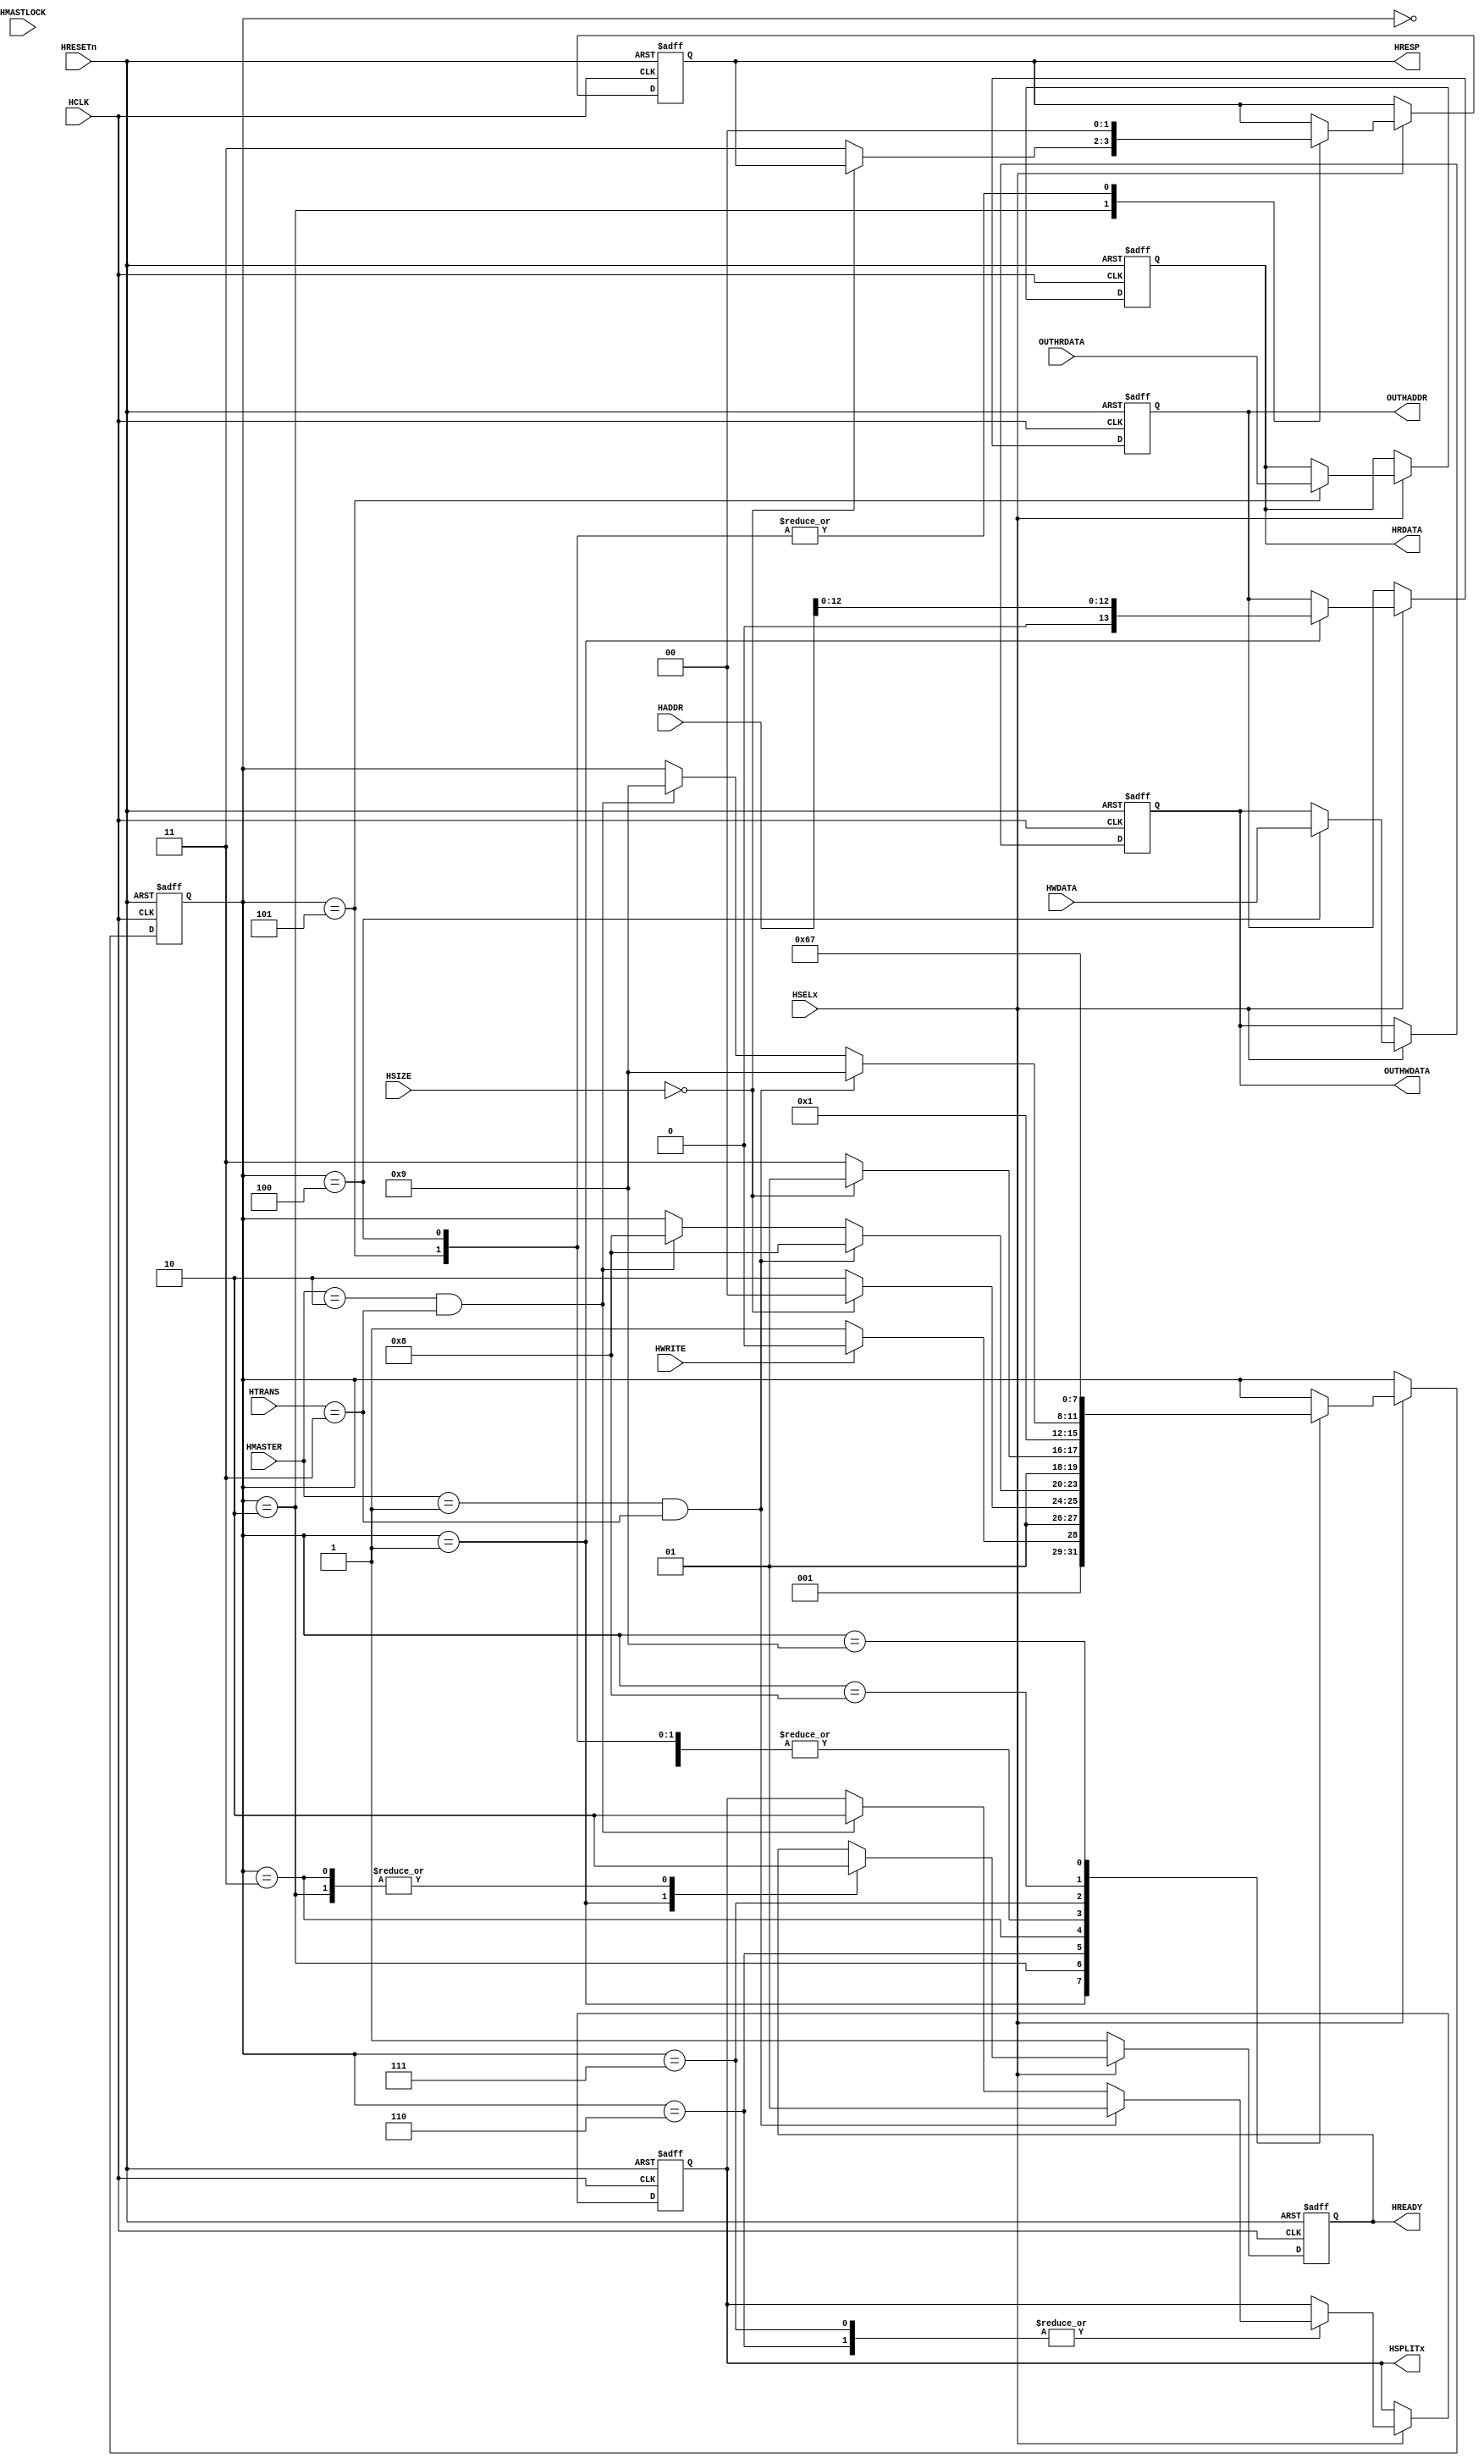
module SlaveA(
    input HSELx,
    input HWRITE,
    input [1:0] HTRANS,
    input [2:0] HSIZE,
    input HRESETn,
    input HCLK,
    input [1:0] HMASTER,
    input HMASTLOCK,
    output reg [1:0] HSPLITx,
    output reg HREADY,
    output reg [1:0] HRESP,
    // Data from inside ports
    output reg [31:0] HRDATA,
    input [13:0] HADDR,
    input [31:0] HWDATA,
    // Data from outside ports
    input [31:0] OUTHRDATA,
    output reg [13:0] OUTHADDR,
    output reg [31:0] OUTHWDATA
);
    parameter ADD_LENGTH = 12;
    reg [3:0] SLAVE_STATE;
    reg WRITE_COMPLETE;
    reg READ_COMPLETE;
    
    localparam  OKAY    = 2'b00,
                ERROR   = 2'b01,
                RETRY   = 2'b10,
                SPLIT   = 2'b11; // Response
                
    localparam  IDLE    = 2'b00,
                BUSY    = 2'b01,
                NONSEQ  = 2'b10,
                SEQ     = 2'b11; // Transfer
                
    localparam [3:0] LEAVE_ONE_CLOCK        = 0;
    localparam [3:0] INITIATE_SLAVE         = 1;
    localparam [3:0] INITIATE_WRITE_SLAVE   = 2;
    localparam [3:0] INITIATE_READ_SLAVE    = 3;
    localparam [3:0] WRITE_SLAVE            = 4;
    localparam [3:0] READ_SLAVE             = 5;
    localparam [3:0] SPLIT_WRITE_SLAVE      = 6;
    localparam [3:0] SPLIT_READ_SLAVE       = 7;
    localparam [3:0] WAIT_ANOTHER_WCLOCK    = 8;
    localparam [3:0] WAIT_ANOTHER_RCLOCK    = 9;
    
    always @ (posedge HCLK or negedge HRESETn) begin
        if (!HRESETn) begin
            // Reset all the pins
            SLAVE_STATE <= LEAVE_ONE_CLOCK;
            WRITE_COMPLETE <= 0;
            READ_COMPLETE <= 0;
            HSPLITx <= 2'b00;
            HREADY = 1;
            HRESP = OKAY;
            HRDATA = 32'd0;
            OUTHADDR = 14'd0;
            OUTHWDATA = 32'd0;
        end
        else begin
            if (HSELx) begin
                //HREADY <= 1;
                case (SLAVE_STATE)
                    LEAVE_ONE_CLOCK: begin
                        SLAVE_STATE <= INITIATE_SLAVE;
                    end
                    INITIATE_SLAVE: begin
                        OUTHADDR <= HADDR[ADD_LENGTH:0]; //Decoder Out
                        HREADY <= 1;
                        if (HWRITE) begin
                            SLAVE_STATE <= INITIATE_WRITE_SLAVE;
                        end
                        else begin
                            SLAVE_STATE <= INITIATE_READ_SLAVE;
                        end
                    end
                    INITIATE_WRITE_SLAVE: begin
                        HREADY <= 0;
                        if (HSIZE == 0) begin
                            SLAVE_STATE <= WRITE_SLAVE;
                        end
                        else begin
                            SLAVE_STATE <= SPLIT_WRITE_SLAVE;
                            HRESP <= SPLIT;
                        end
                    end
                    SPLIT_WRITE_SLAVE: begin
                        if (HMASTER == 1 && HTRANS == SEQ) begin
                            HSPLITx <= 1;
                            SLAVE_STATE <= WAIT_ANOTHER_WCLOCK;    
                        end
                        else if (HMASTER == 2 && HTRANS == SEQ) begin
                            HSPLITx = 2;
                            SLAVE_STATE <= WAIT_ANOTHER_WCLOCK;
                        end
                    end
                    INITIATE_READ_SLAVE: begin
                        HREADY <= 0;
                        if (HSIZE == 0) begin
                            SLAVE_STATE <= READ_SLAVE;
                        end
                        else begin
                            SLAVE_STATE <= SPLIT_READ_SLAVE;
                        end
                    end
                    WRITE_SLAVE: begin
                        OUTHWDATA <= HWDATA;
                        HRESP <= OKAY;
                        SLAVE_STATE <= INITIATE_SLAVE;
                    end
                    READ_SLAVE: begin
                        HRDATA <= OUTHRDATA;
                        HRESP = OKAY;
                        SLAVE_STATE <= INITIATE_SLAVE;
                    end
                    SPLIT_READ_SLAVE: begin
                        if (HMASTER == 1 && HTRANS == SEQ) begin
                            HSPLITx <= 1;
                            SLAVE_STATE <= WAIT_ANOTHER_RCLOCK;    
                        end
                        else if(HMASTER == 2 && HTRANS == SEQ) begin
                            HSPLITx = 2;
                            SLAVE_STATE <= WAIT_ANOTHER_RCLOCK;
                        end
                    end
                    WAIT_ANOTHER_WCLOCK: begin
                        SLAVE_STATE <= SPLIT_WRITE_SLAVE;
                    end
                    WAIT_ANOTHER_RCLOCK: begin
                        SLAVE_STATE <= SPLIT_READ_SLAVE;
                    end
                endcase
            end
            else begin
                // Slave is not selected
                HREADY <= 1;
            end
        end
    end

endmodule